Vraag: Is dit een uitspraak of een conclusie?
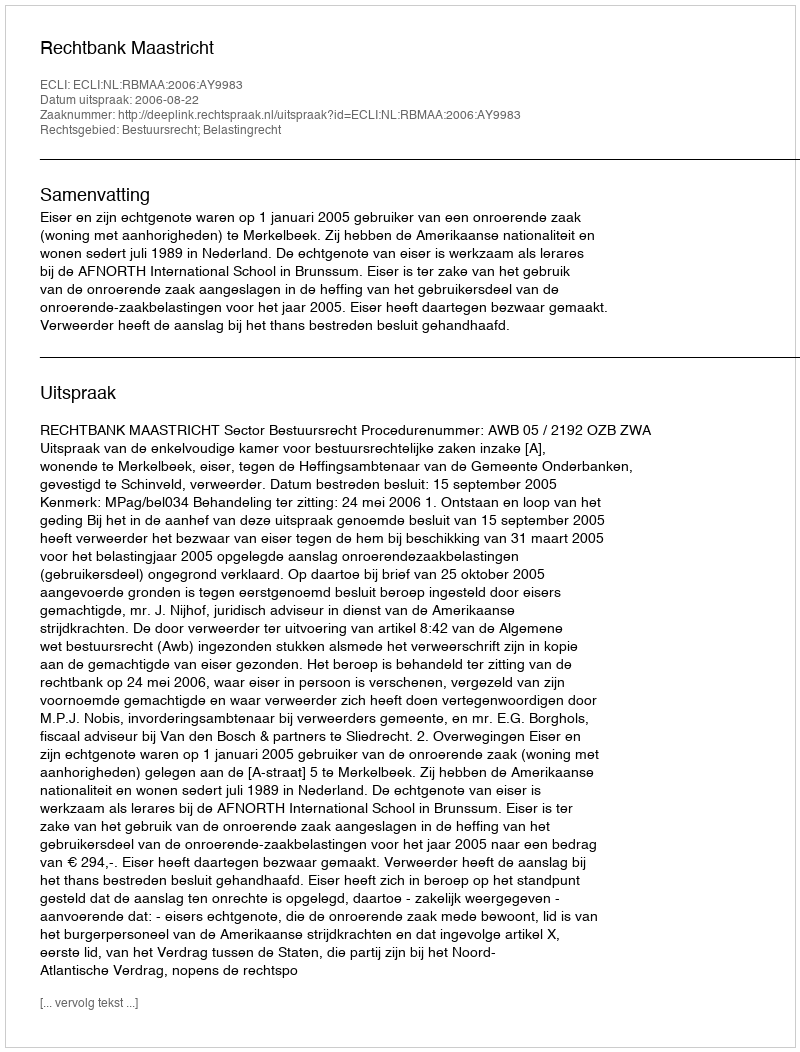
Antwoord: Uitspraak